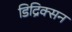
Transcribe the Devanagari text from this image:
डिद्रिक्सन